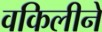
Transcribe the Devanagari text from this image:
वकिलीने